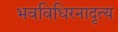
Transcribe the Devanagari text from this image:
भवविधिरनादृत्य